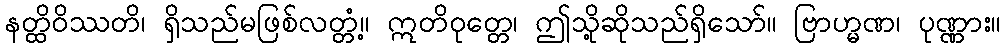
နတ္ထိဝိဿတိ၊ ရှိသည်မဖြစ်လတ္တံ့။ ဣတိဝုတ္တေ၊ ဤသို့ဆိုသည်ရှိသော်။ ဗြာဟ္မဏ၊ ပုဏ္ဏား။